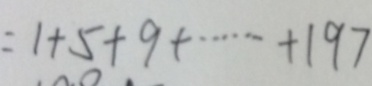
= 1 + 5 + 9 + \cdots + 1 9 7